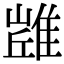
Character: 𨿻